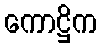
ကောဋ္ဌိက